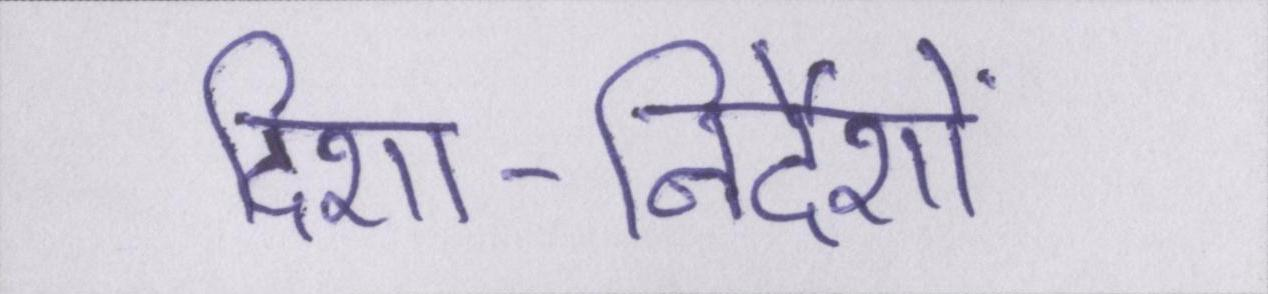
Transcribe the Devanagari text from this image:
दिशा-निर्देशों